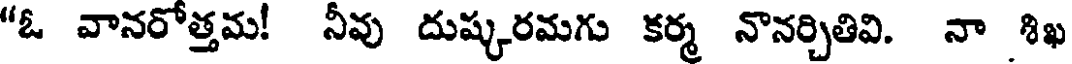
"ఓ వానరోత్తమ! నీవు దుష్కరమగు కర్మ నొనర్చితివి. నా శిఖ